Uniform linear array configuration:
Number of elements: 32
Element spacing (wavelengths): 0.25
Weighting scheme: uniform
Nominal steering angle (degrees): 60
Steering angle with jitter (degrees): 58.948
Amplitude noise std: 0.05
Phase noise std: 0.05

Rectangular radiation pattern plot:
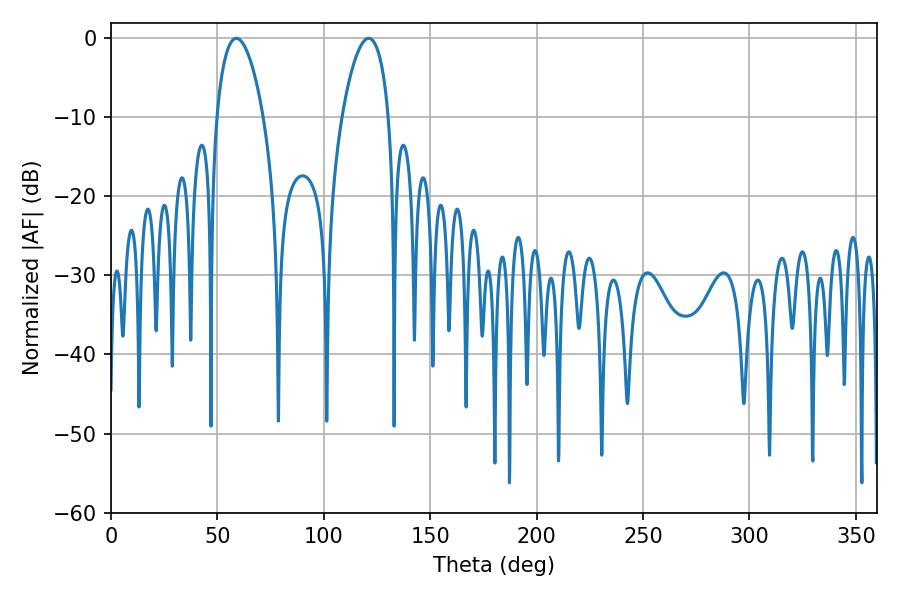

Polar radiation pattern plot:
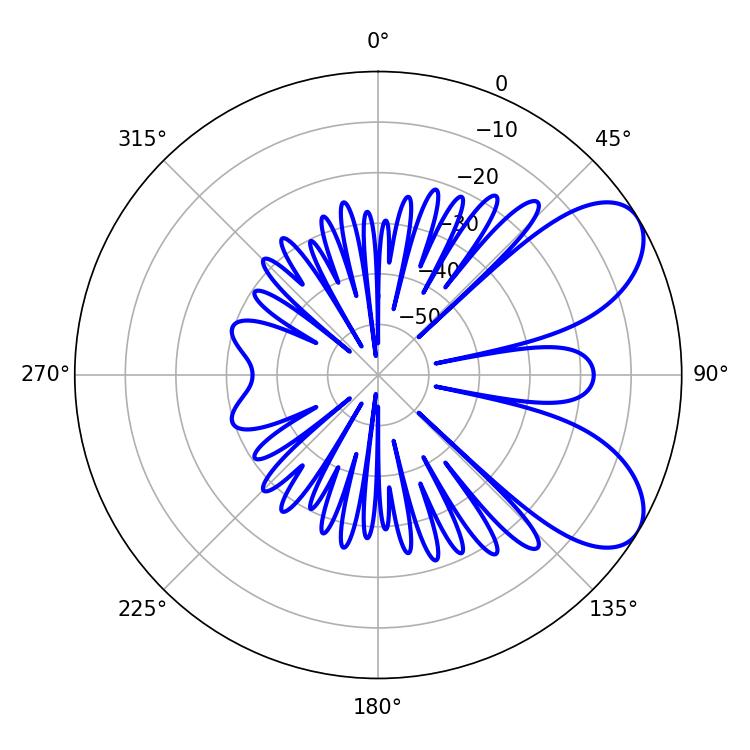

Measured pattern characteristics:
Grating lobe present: FALSE
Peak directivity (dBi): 6.988
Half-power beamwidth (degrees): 12.42
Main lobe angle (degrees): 58.86